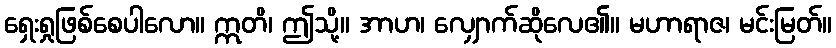
ရှေးရှုဖြစ်စေပါလော။ ဣတိ၊ ဤသို့။ အာဟ၊ လျှောက်ဆိုလေ၏။ မဟာရာဇ၊ မင်းမြတ်။